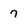
Character: 7